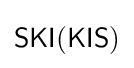
{\mathsf {SKI(KIS)}}